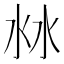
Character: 沝